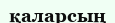
қаларсың